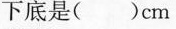
下底是（ ）cm